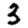
Digit: 3